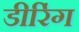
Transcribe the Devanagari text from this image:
डीरिंग